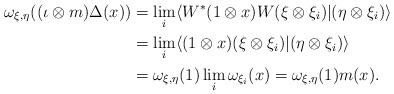
LaTeX: \begin{align*}\omega_{\xi,\eta}((\iota \otimes m)\Delta(x)) &= \lim_i \langle W^*(1 \otimes x)W(\xi \otimes \xi_i)|(\eta \otimes \xi_i) \rangle \\&= \lim_i \langle (1 \otimes x)(\xi \otimes \xi_i)|(\eta \otimes \xi_i) \rangle \\&= \omega_{\xi,\eta}(1) \lim_{i}\omega_{\xi_i} (x) = \omega_{\xi,\eta}(1) m(x).\end{align*}